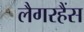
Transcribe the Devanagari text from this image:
लैगरहैंस